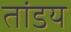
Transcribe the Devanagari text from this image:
तांडय